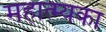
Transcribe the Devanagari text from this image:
महात्म्यका